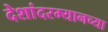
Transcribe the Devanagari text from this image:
देशांदरम्यानच्या